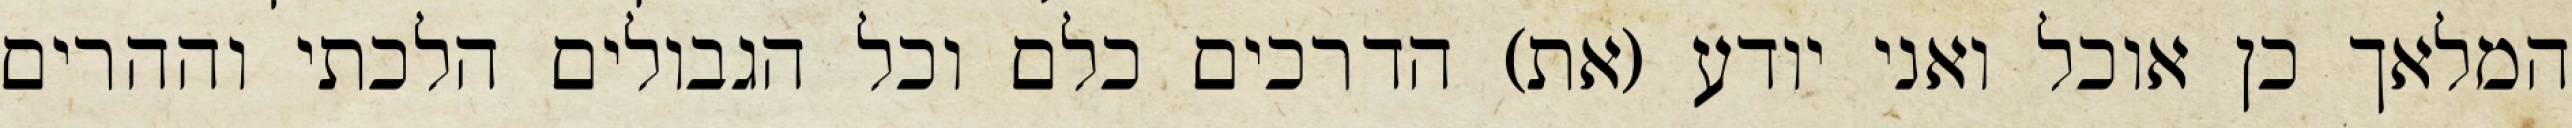
המלאך כן אוכל ואני יודע (את) הדרכים כלם וכל הגבולים הלכתי וההרים